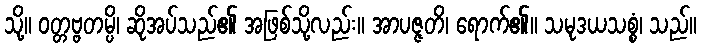
သို့။ ဝတ္တဗ္ဗတမ္ပိ၊ ဆိုအပ်သည်၏ အဖြစ်သို့လည်း။ အာပဇ္ဇတိ၊ ရောက်၏။ သမုဒယသစ္စံ၊ သည်။